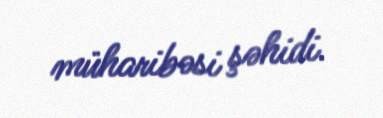
müharibəsi şəhidi.